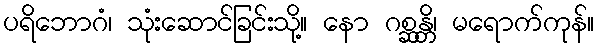
ပရိဘောဂံ၊ သုံးဆောင်ခြင်းသို့။ နော ဂစ္ဆန္တိ၊ မရောက်ကုန်။